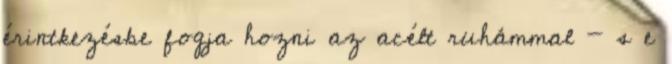
érintkezésbe fogja hozni az acélt ruhámmal - s e